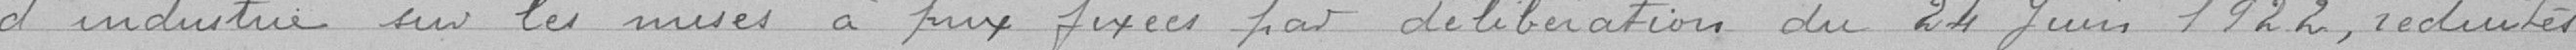
d'industrie sur les mises à prix fixées par délibération du 24 juin 1922, réduites